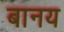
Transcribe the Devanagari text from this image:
बानय